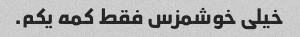
خیلی خوشمزس فقط کمه یکم.